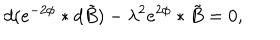
LaTeX: d ( e ^ { - 2 \phi } * d \tilde { B } ) - { \lambda } ^ { 2 } e ^ { 2 \phi } * \tilde { B } = 0 ,